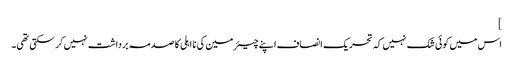
]
اس میں کوئی شک نہیں کہ تحریک انصاف اپنے چیئرمین کی نااہلی کا صدمہ برداشت نہیں کر سکتی تھی۔